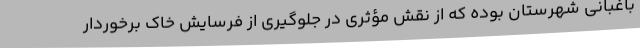
باغبانی شهرستان بوده که از نقش مؤثری در جلوگیری از فرسایش خاک برخوردار